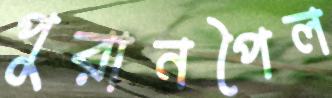
পুরানপৈল